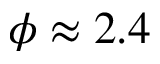
\phi \approx 2 . 4